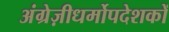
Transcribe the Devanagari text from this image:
अंग्रेज़ीधर्मोपदेशकों